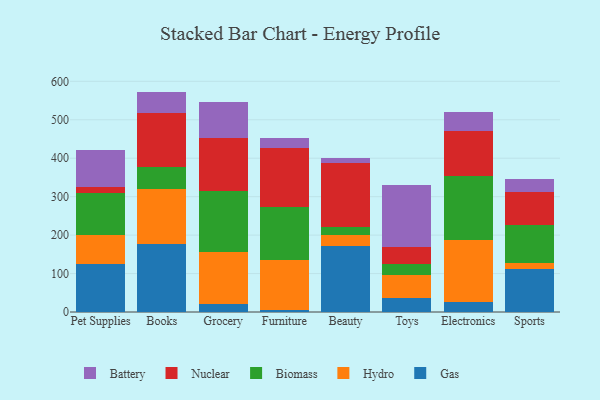
{"axis": {"x": "Category", "y": "LTV (USD)"}, "legend": ["Battery", "Biomass", "Gas", "Hydro", "Nuclear"], "data": [{"x": "Pet Supplies", "y": 124.8, "type": "Gas"}, {"x": "Pet Supplies", "y": 74.7, "type": "Hydro"}, {"x": "Pet Supplies", "y": 110.3, "type": "Biomass"}, {"x": "Pet Supplies", "y": 14.4, "type": "Nuclear"}, {"x": "Pet Supplies", "y": 97.8, "type": "Battery"}, {"x": "Books", "y": 176.0, "type": "Gas"}, {"x": "Books", "y": 144.5, "type": "Hydro"}, {"x": "Books", "y": 55.5, "type": "Biomass"}, {"x": "Books", "y": 142.7, "type": "Nuclear"}, {"x": "Books", "y": 54.5, "type": "Battery"}, {"x": "Grocery", "y": 20.9, "type": "Gas"}, {"x": "Grocery", "y": 134.4, "type": "Hydro"}, {"x": "Grocery", "y": 160.6, "type": "Biomass"}, {"x": "Grocery", "y": 136.5, "type": "Nuclear"}, {"x": "Grocery", "y": 94.6, "type": "Battery"}, {"x": "Furniture", "y": 6.0, "type": "Gas"}, {"x": "Furniture", "y": 129.7, "type": "Hydro"}, {"x": "Furniture", "y": 136.5, "type": "Biomass"}, {"x": "Furniture", "y": 154.3, "type": "Nuclear"}, {"x": "Furniture", "y": 26.0, "type": "Battery"}, {"x": "Beauty", "y": 172.1, "type": "Gas"}, {"x": "Beauty", "y": 27.6, "type": "Hydro"}, {"x": "Beauty", "y": 21.9, "type": "Biomass"}, {"x": "Beauty", "y": 166.7, "type": "Nuclear"}, {"x": "Beauty", "y": 11.2, "type": "Battery"}, {"x": "Toys", "y": 36.9, "type": "Gas"}, {"x": "Toys", "y": 58.2, "type": "Hydro"}, {"x": "Toys", "y": 30.4, "type": "Biomass"}, {"x": "Toys", "y": 42.3, "type": "Nuclear"}, {"x": "Toys", "y": 162.9, "type": "Battery"}, {"x": "Electronics", "y": 26.6, "type": "Gas"}, {"x": "Electronics", "y": 161.8, "type": "Hydro"}, {"x": "Electronics", "y": 165.8, "type": "Biomass"}, {"x": "Electronics", "y": 116.7, "type": "Nuclear"}, {"x": "Electronics", "y": 49.9, "type": "Battery"}, {"x": "Sports", "y": 112.0, "type": "Gas"}, {"x": "Sports", "y": 15.7, "type": "Hydro"}, {"x": "Sports", "y": 98.1, "type": "Biomass"}, {"x": "Sports", "y": 85.3, "type": "Nuclear"}, {"x": "Sports", "y": 33.6, "type": "Battery"}]}